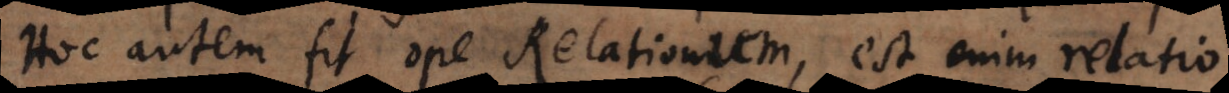
Hoc autem fit ope Relationum, est enim relatio